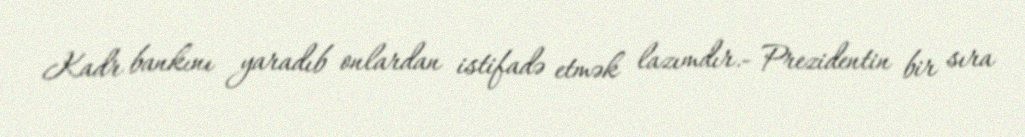
Kadr bankını yaradıb onlardan istifadə etmək lazımdır.- Prezidentin bir sıra